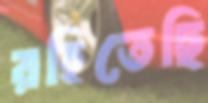
রহিতেছি